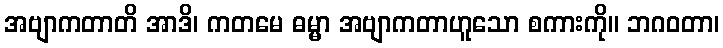
အဗျာကတာတိ အာဒိ၊ ကတမေ ဓမ္မာ အဗျာကတာဟူသော စကားကို။ ဘဂဝတာ၊